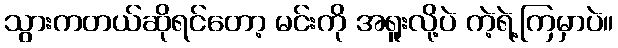
သွားကတယ်ဆိုရင်တော့ မင်းကို အရူးလို့ပဲ ကဲ့ရဲ့ကြမှာပဲ။